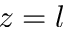
z = l